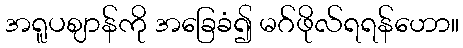
အရူပဈာန်ကို အခြေခံ၍ မဂ်ဖိုလ်ရရန်ဟော။